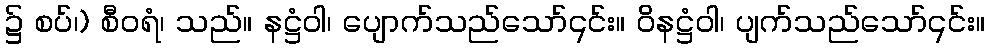
၌ စပ်၊) စီဝရံ၊ သည်။ နဋ္ဌံဝါ၊ ပျောက်သည်သော်၎င်း။ ဝိနဋ္ဌံဝါ၊ ပျက်သည်သော်၎င်း။